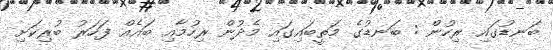
ބަނޑުގައި ރިހުން : ބަނޑުގެ މަތީބައިގައި މެދުން ރިހުމާއި ބައެއް ފަހަރު ބުރިކަށި